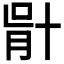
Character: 𠦣